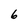
Character: 6